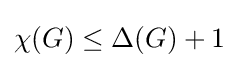
\chi (G)\leq \Delta (G)+1